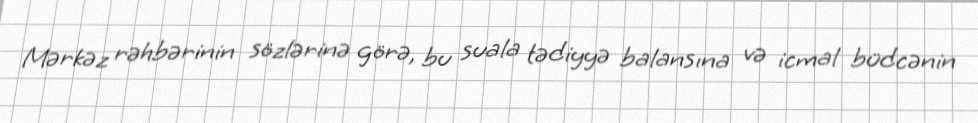
Mərkəz rəhbərinin sözlərinə görə, bu suala tədiyyə balansına və icmal büdcənin